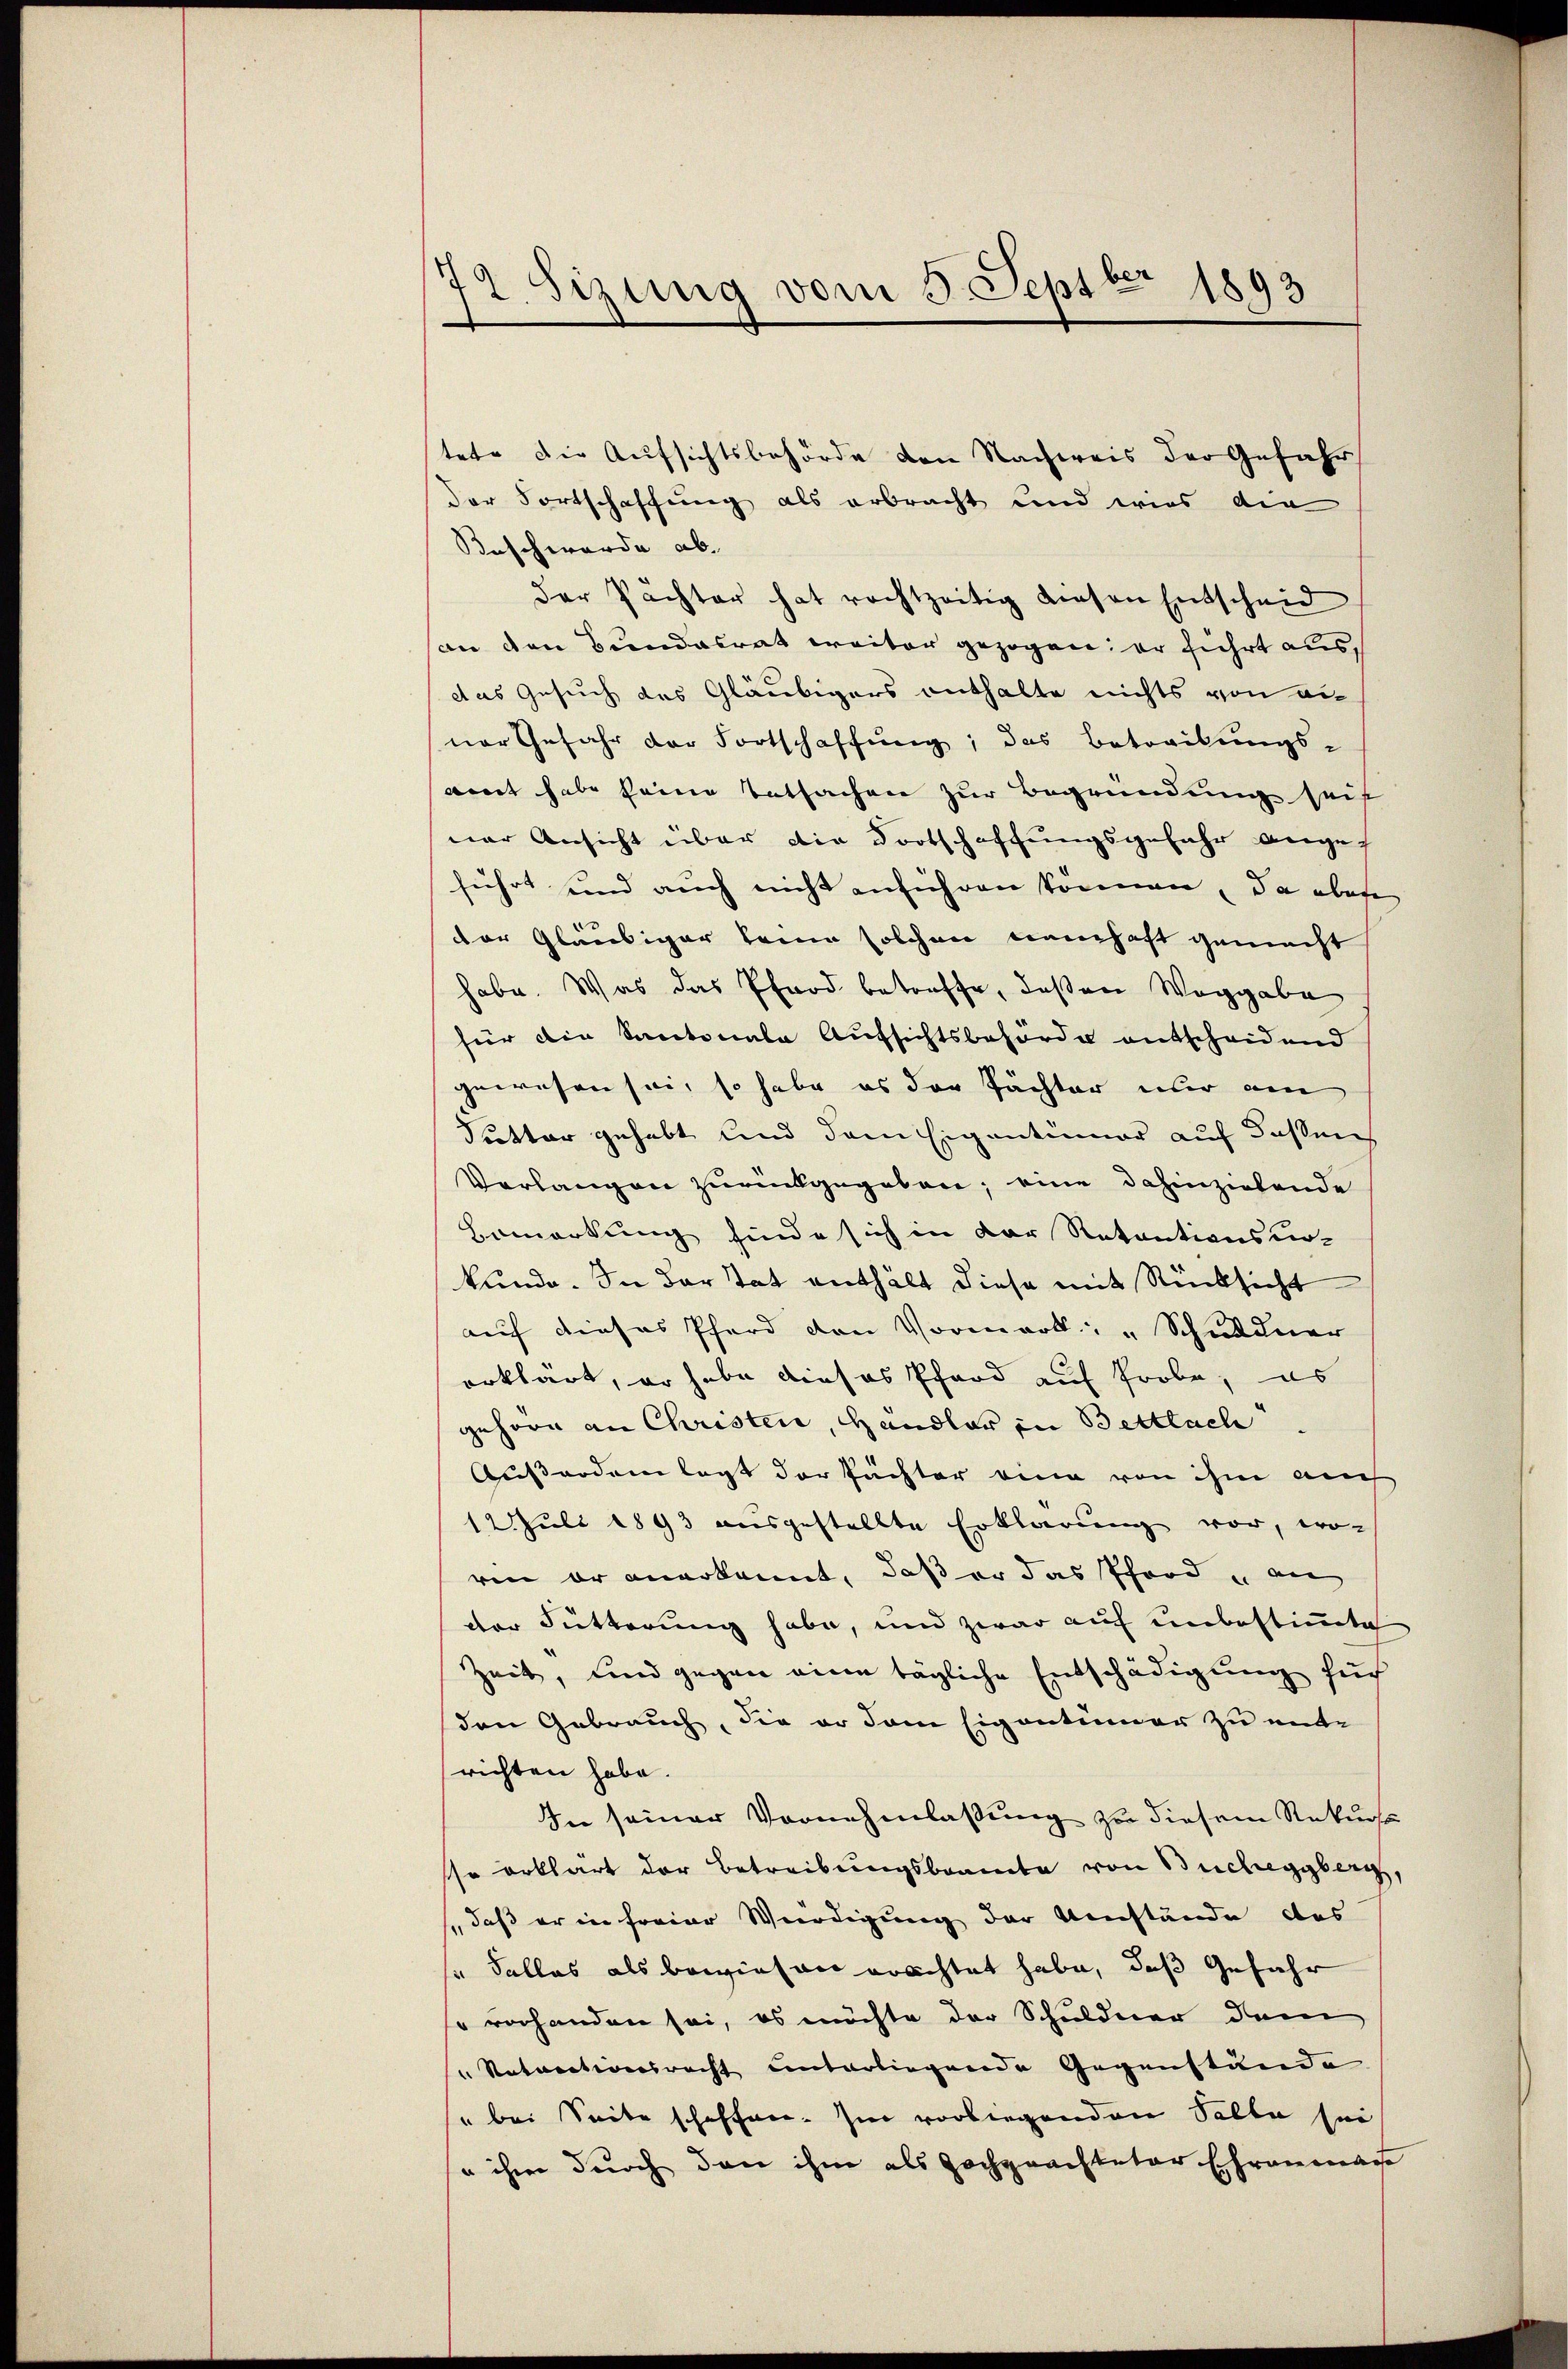
72. Sizung vom 5. Septbr 1893

tete die Aufsichtsbehörde den Nachweis der Gefahr
der Fortschaffung als erbracht und wies die
Beschwerde ab.
der Pächter hat rechtzeitig diesen Entscheid
an den Bundesrat weiter gezogen; er führt aus,
das Gesuch des Gläubigers enthalte nichts von an
ner Gefahr der Fortschaffung, das Betreibungs-
ait habe seine Tatsachen zur Begründung seit
ner Ansicht über die Dortschaffungsgefahr angef
führt und auch nicht anführen können, da aber
der Gläubiger keine solchen namhaft gemacht
habe. Was das Pferd betreffe, deßen Weggabe
für die Santonale Aufsichtsbehörde entscheidend
gewesen sei, so habe es der Pächter nur am
Pretter gehabt und dem Eigentümer auf dassen
Verlangen zurückgegeben; eine dahinzielende
Bemerkung finde sich in der Retentionsur-
kunde. In der tat enthält diese mit Rücksicht
auf dieses Pferd den Vormerk: "Schuldner
erklärt, er habe dieses Pfand auf Probe, es
gehöre an Christen, Handler in Bettlach
Außerden legt der Pächter eine von ihm auch
12. Juli 1893 ausgestellte Erklärung vor, wo-
ren er anerkannt, daß er das Pferd, an
der Fütterung habe, und zwar auf unbestimmte
Zeit, und gegen eine tägliche Entschädigung such
den Gebrauch, die er dem Eigentümer zu ent-
richten habe.
In seiner Vornehmlassung zu diesem Rekurse
sse erklärt der Betreibungsbeamte von Bucheggberg,
daß er in freier Würdigung der Umstände des
s Falles als bewiesen erachtet habe, daß Gefahr
" vorhanden sei, es möchte der Schuldner dem
"Notunctionsrecht unterliegende Gegenstände
" bei Seite schoffen. Im vorliegenden Solte sei
so ihre durch den ihm als Hochgeachteter Ehrenmac